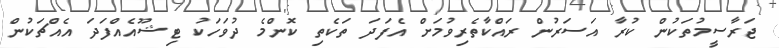
ޖަރާސީމުތަކުން ކުރާ އަސަރުން ރައްކާތެރިވުމަށް އެފަދަ ތަކެތި ކޮންމެ ދުވަހަކު ޓިޝޫއެއްފަދަ އެއްޗަކުން